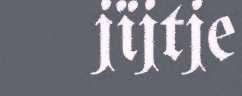
jïjtje